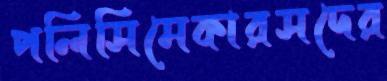
পলিসিমেকারসদের